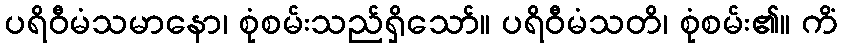
ပရိဝီမံသမာနော၊ စုံစမ်းသည်ရှိသော်။ ပရိဝီမံသတိ၊ စုံစမ်း၏။ ကိံ